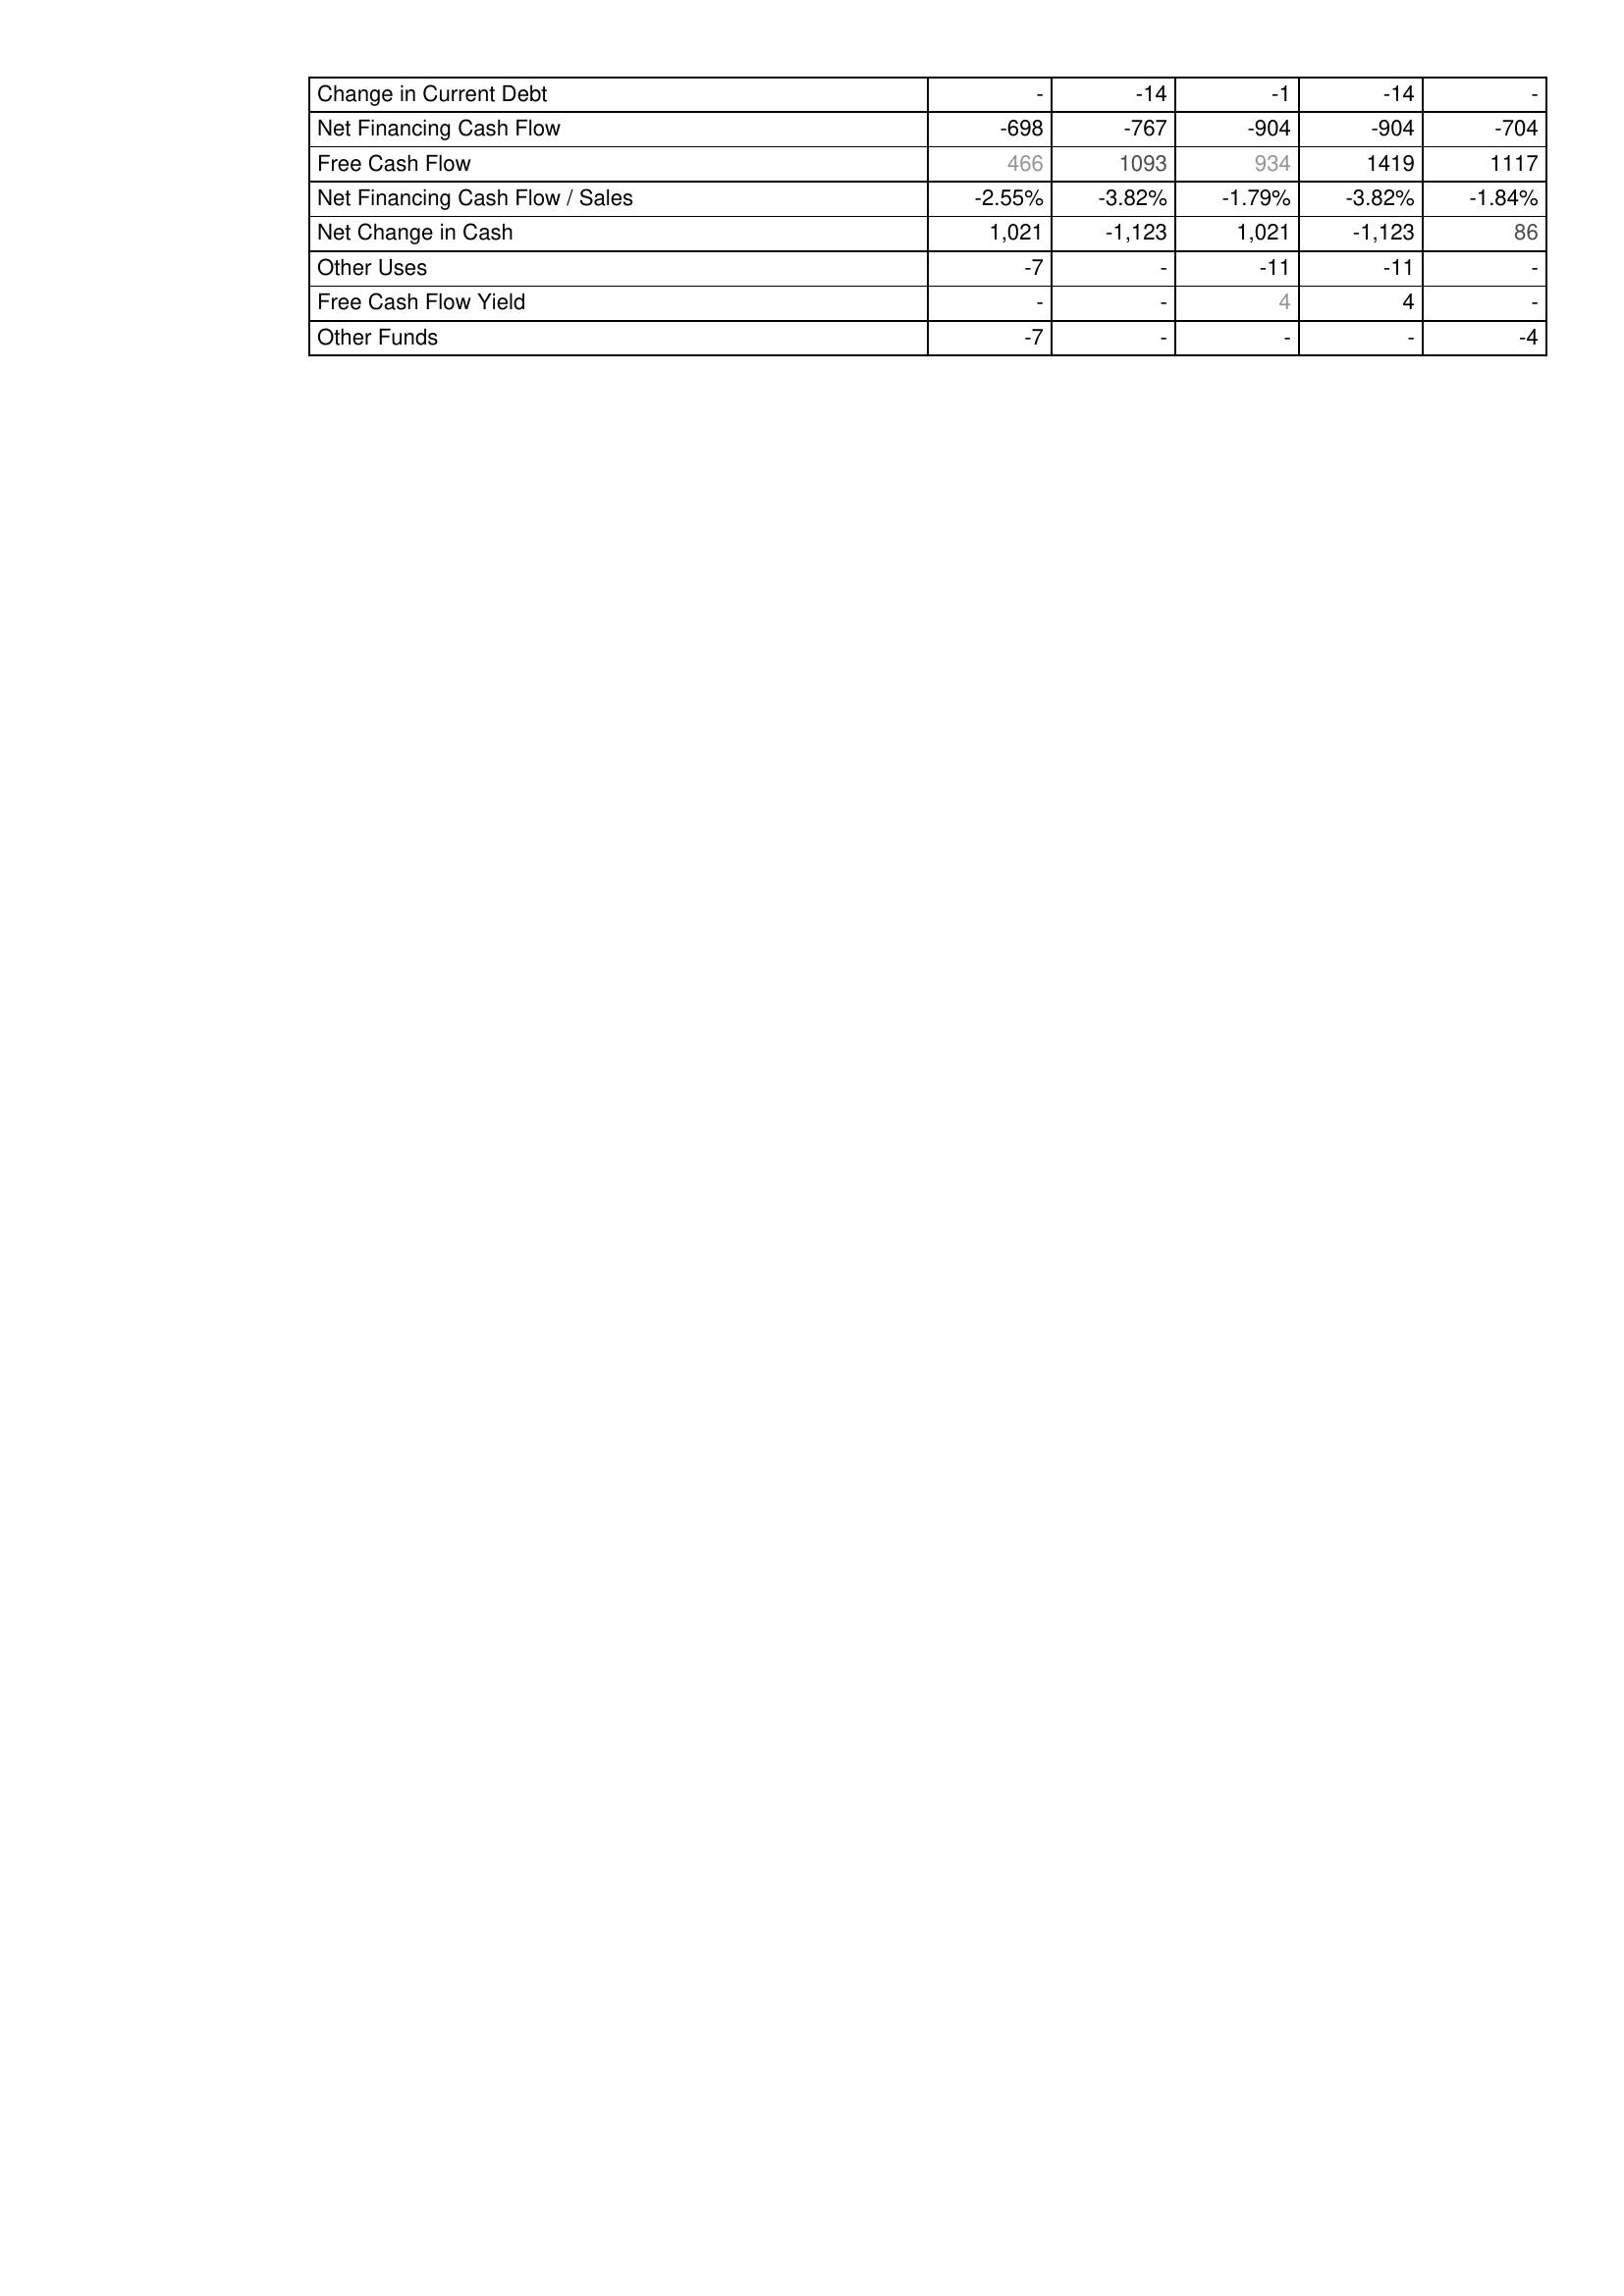
2022: Financing Activities: Change in Current Debt: -
Net Financing Cash Flow: -698
Free Cash Flow: 466
Net Financing Cash Flow / Sales: -2.55%
Net Change in Cash: 1,021
Other Uses: -7
Free Cash Flow Yield: -
Other Funds: -7
2023: Financing Activities: Change in Current Debt: -14
Net Financing Cash Flow: -767
Free Cash Flow: 1093
Net Financing Cash Flow / Sales: -3.82%
Net Change in Cash: -1,123
Other Uses: -
Free Cash Flow Yield: -
Other Funds: -
2024: Financing Activities: Change in Current Debt: -1
Net Financing Cash Flow: -904
Free Cash Flow: 934
Net Financing Cash Flow / Sales: -1.79%
Net Change in Cash: 1,021
Other Uses: -11
Free Cash Flow Yield: 4
Other Funds: -
2025: Financing Activities: Change in Current Debt: -14
Net Financing Cash Flow: -904
Free Cash Flow: 1419
Net Financing Cash Flow / Sales: -3.82%
Net Change in Cash: -1,123
Other Uses: -11
Free Cash Flow Yield: 4
Other Funds: -
2026: Financing Activities: Change in Current Debt: -
Net Financing Cash Flow: -704
Free Cash Flow: 1117
Net Financing Cash Flow / Sales: -1.84%
Net Change in Cash: 86
Other Uses: -
Free Cash Flow Yield: -
Other Funds: -4